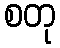
စတု